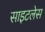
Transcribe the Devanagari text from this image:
साइटलेस